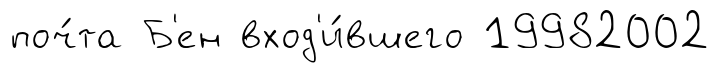
поч́та Б'ен вход'и́вшего 19982002